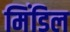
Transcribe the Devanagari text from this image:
मिंडिल